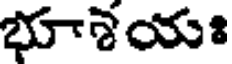
భూశయః